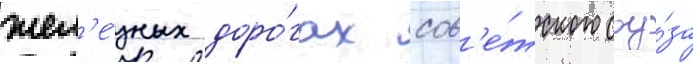
жел'е́зных доро́гах сов'е́тского соу́за